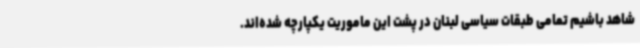
شاهد باشیم تمامی طبقات سیاسی لبنان در پشت این ماموریت یکپارچه شده‌اند.